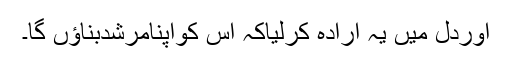
اوردل میں یہ ارادہ کرلیاکہ اس کواپنامرشدبناؤں گا۔